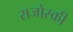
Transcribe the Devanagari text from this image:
राजोस्की